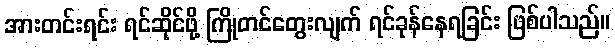
အားတင်းရင်း ရင်ဆိုင်ဖို့ ကြိုတင်တွေးလျက် ရင်ခုန်နေရခြင်း ဖြစ်ပါသည်။